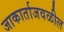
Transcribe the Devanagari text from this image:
जाकार्ताजवळील